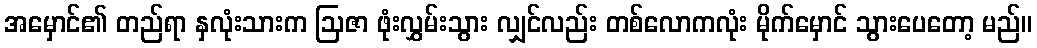
အမှောင်၏ တည်ရာ နှလုံးသားက ဩဇာ ဖုံးလွှမ်းသွား လျှင်လည်း တစ်လောကလုံး မိုက်မှောင် သွားပေတော့ မည်။